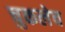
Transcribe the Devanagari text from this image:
चुकलेच